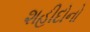
શહીદોનો